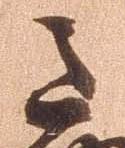
道